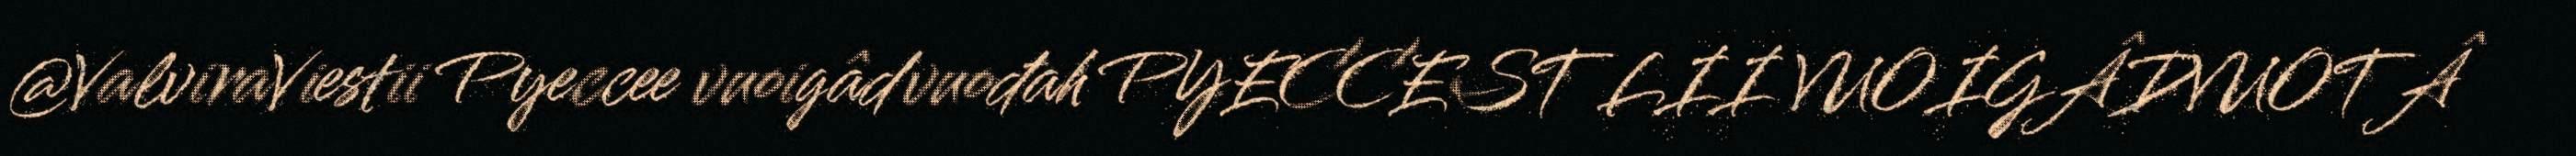
@ValviraViestii Pyeccee vuoigâdvuođah PYECCEST LII VUOIGÂDVUOTÂ